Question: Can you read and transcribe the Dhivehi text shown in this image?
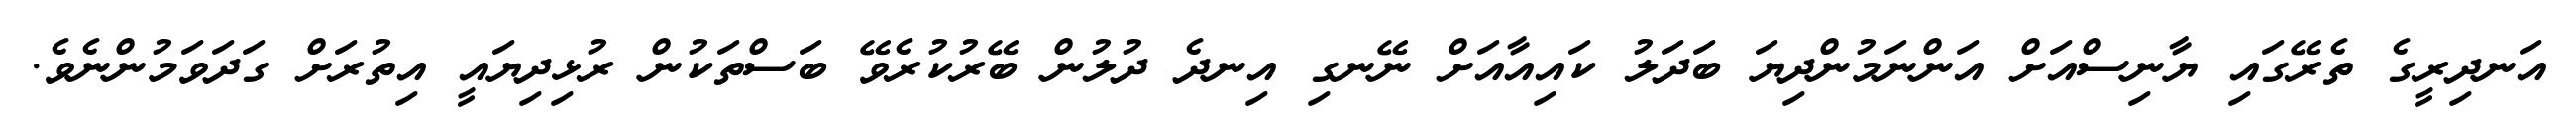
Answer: އަނދިރީގެ ތެރޭގައި ޔާނިސްއަށް އަންނަމުންދިޔަ ބަދަލު ކައިއާއަށް ނޭނގި އިނދެ ދުލުން ބޭރުކުރެވޭ ބަސްތަކުން ރުޅިދިޔައީ އިތުރަށް ގަދަވަމުންނެވެ.